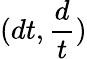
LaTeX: (dt,{\frac{d}{t}})